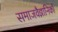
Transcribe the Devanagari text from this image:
समाजवैज्ञानिकों